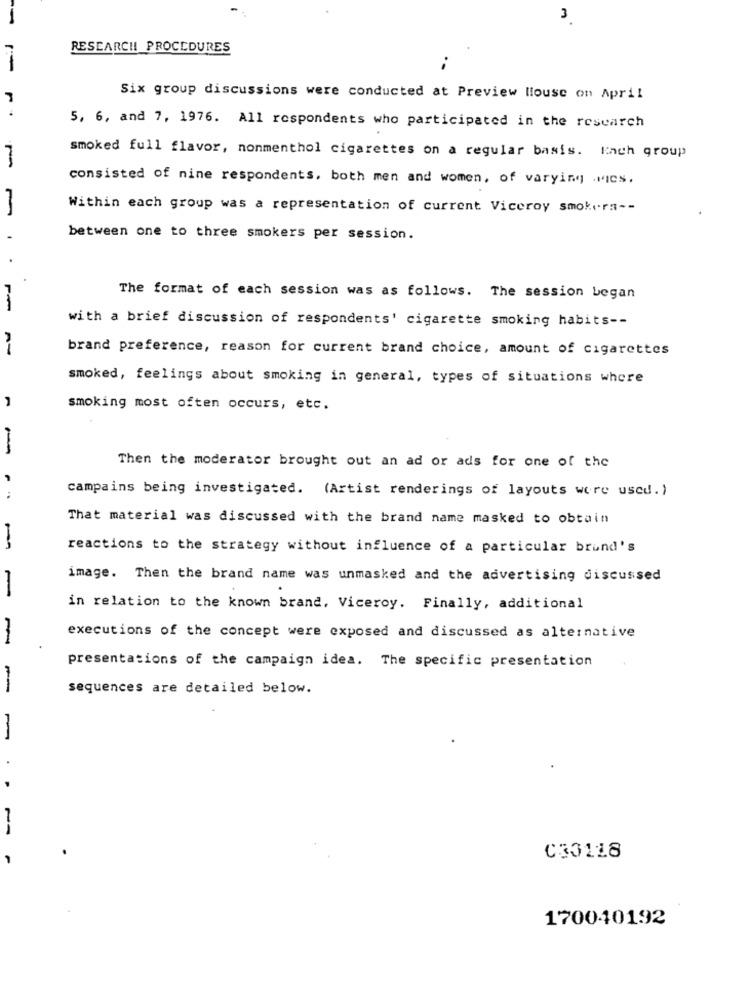
3
RESEARCH PROCEDURES
1-
Six group discussions were conducted at Preview llouse on April
5, 6, and 7, 1976. All respondents who participated in the research
smoked full flavor, nonmenthol cigarettes on a regular basis. Kach group
consisted of nine respondents, both men and women, of varying .Mics.
Within each group was a representation of current Viceroy smokers --
between one to three smokers per session.
The format of each session was as follows. The session began
with a brief discussion of respondents' cigarette smoking habits --
brand preference, reason for current brand choice, amount of cigarettes
smoked, feelings about smoking in general, types of situations where
smoking most often occurs, etc.
Then the moderator brought out an ad or ads for one of the
campains being investigated. (Artist renderings of layouts were used. )
That material was discussed with the brand name masked to obtain
reactions to the strategy without influence of a particular brund's
image. Then the brand name was unmasked and the advertising discussed
-
in relation to the known brand, Viceroy. Finally, additional
executions of the concept were exposed and discussed as alternative
presentations of the campaign idea. The specific presentation
-
sequences are detailed below.
-4
C33118
170040192